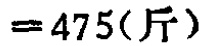
$=475(斤)$